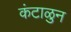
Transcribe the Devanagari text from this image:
कंटाळुन